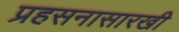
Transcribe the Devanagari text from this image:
प्रहसनासारखी